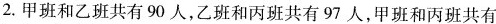
2.甲班和乙班共有90人，乙班和丙班共有97人，甲班和丙班共有